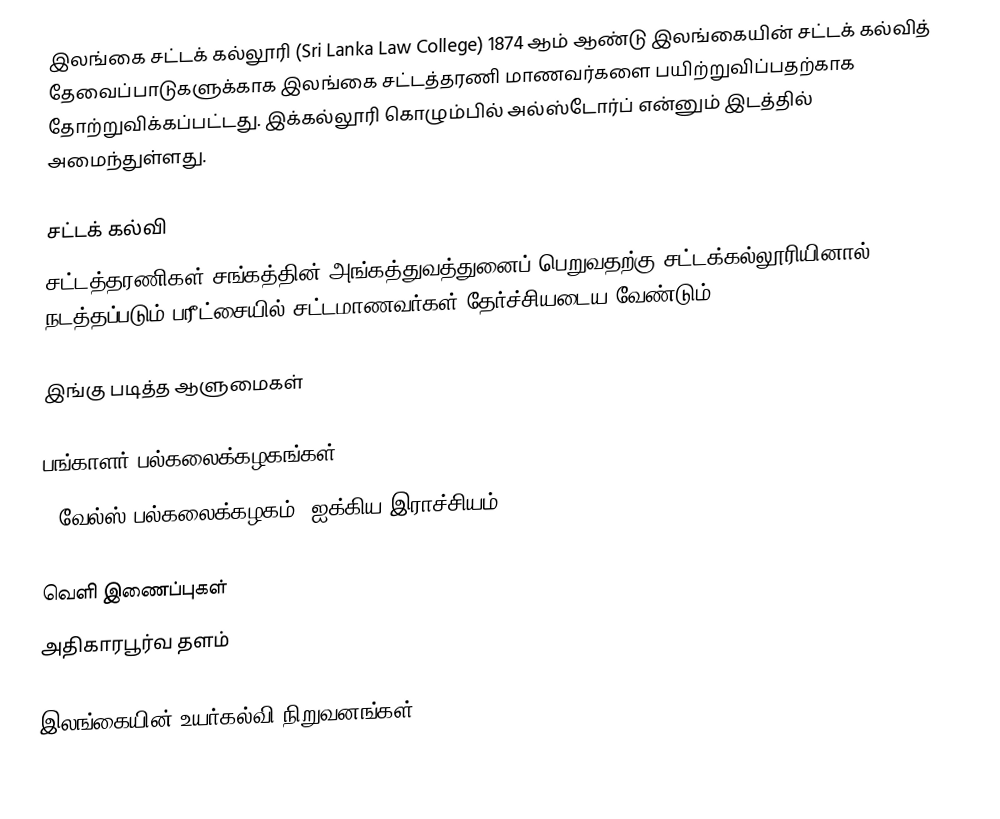
இலங்கை சட்டக் கல்லூரி (Sri Lanka Law College) 1874 ஆம் ஆண்டு இலங்கையின் சட்டக் கல்வித் தேவைப்பாடுகளுக்காக இலங்கை சட்டத்தரணி மாணவர்களை பயிற்றுவிப்பதற்காக தோற்றுவிக்கப்பட்டது. இக்கல்லூரி கொழும்பில் அல்ஸ்டோர்ப் என்னும் இடத்தில் அமைந்துள்ளது.

சட்டக் கல்வி
சட்டத்தரணிகள் சங்கத்தின் அங்கத்துவத்துனைப் பெறுவதற்கு சட்டக்கல்லூரியினால் நடத்தப்படும் பரீட்சையில் சட்டமாணவர்கள் தேர்ச்சியடைய வேண்டும்.

இங்கு படித்த ஆளுமைகள்

பங்காளர் பல்கலைக்கழகங்கள்
 # வேல்ஸ் பல்கலைக்கழகம், ஐக்கிய இராச்சியம்

வெளி இணைப்புகள்
 அதிகாரபூர்வ தளம்

இலங்கையின் உயர்கல்வி நிறுவனங்கள்